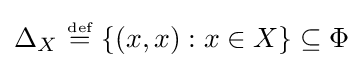
\Delta _{X}~{\stackrel {\scriptscriptstyle {\text{def}}}{=}}~\{(x,x):x\in X\}\subseteq \Phi